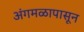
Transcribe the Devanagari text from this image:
अंगमळापासून